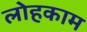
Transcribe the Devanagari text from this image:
लोहकाम